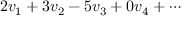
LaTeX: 2 v _ { 1 } + 3 v _ { 2 } - 5 v _ { 3 } + 0 v _ { 4 } + \cdots